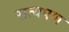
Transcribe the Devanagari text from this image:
सत्यपण